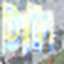
গিলি